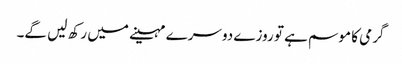
گرمی کا موسم ہے تو روزے دوسرے مہینے میں رکھ لیں گے۔